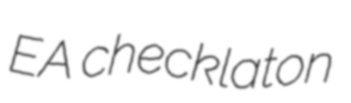
EA checklaton